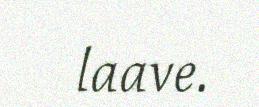
laave.